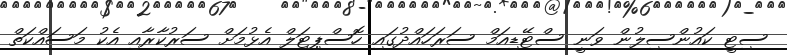
ސިޓީ ކައުންސިލުން ވަނީ ސްޓޭޑިއަމް ސަރަހައްދުގައި ހޮސްޕިޓަލް އެޅުމަށް ސަރުކާރާއި އެކު މަސައްކަތް